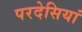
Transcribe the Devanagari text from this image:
परदेसियां